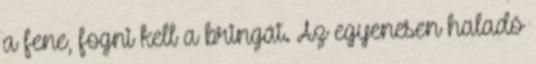
a fene, fogni kell a bringát. Az egyenesen haladó